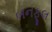
બનફૂલ